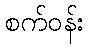
စက်ဝန်း